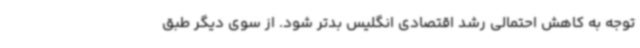
توجه به کاهش احتمالی رشد اقتصادی انگلیس بدتر شود. از سوی دیگر طبق